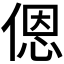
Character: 𫣆